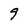
Character: 9